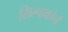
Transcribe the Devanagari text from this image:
सिल्पाकोर्न